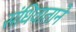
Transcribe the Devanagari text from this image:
संधिवाताने